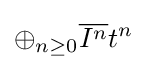
\oplus _{n\geq 0}{\overline {I^{n}}}t^{n}